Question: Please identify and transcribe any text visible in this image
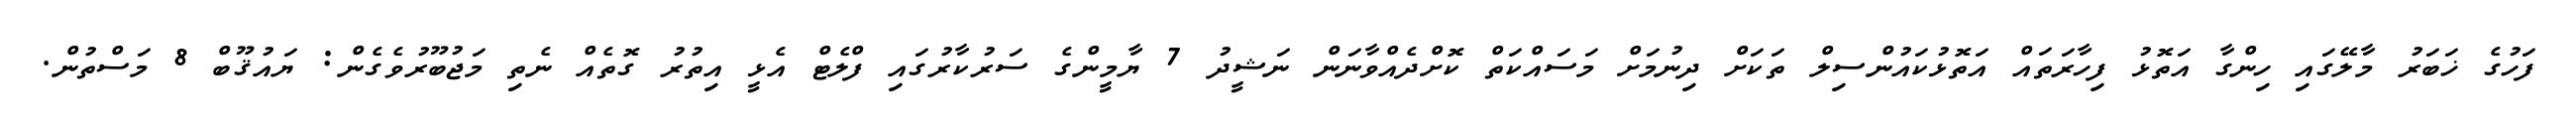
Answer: ފަހުގެ ޚަބަރު މާލޭގައި ހިންގާ އަތޮޅު ފިހާރަތައް އަތޮޅުކައުންސިލް ތަކަށް ދިނުމަށް މަސައްކަތް ކޮށްދެއްވާނަން ނަޝީދު 7 ޔާމީންގެ ސަރުކާރުގައި ފްލެޓް އެޅީ އިތުރު ގޮތެއް ނެތި މަޖުބޫރުވެގެން: ޔައުޤޫބް 8 މަސްތުން.